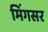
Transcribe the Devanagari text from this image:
मिंगसर